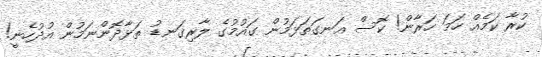
ކުރާ ކަމެއް ހަަމަ ހަރާން! ކޮސް އަނގަތަޅަމުން ގައުމުގެ ލާރިގަނޑު ތަޅާދޮންނަމުން އުދުހެނީ!